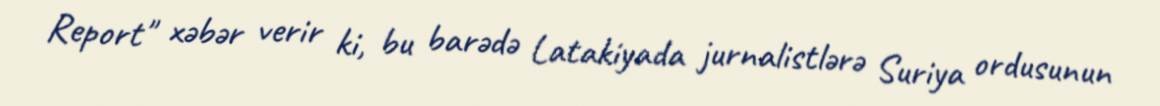
Report" xəbər verir ki, bu barədə Latakiyada jurnalistlərə Suriya ordusunun